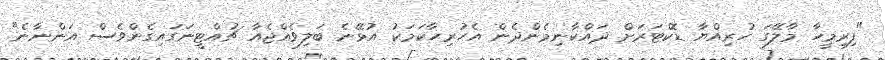
"ފިރިމީހާ މާލޭގަ ހުރިއްޔާ ޑޮކްޓަރަށް ދައްކާނިމެންދެން އެހުރިހާކަމަކު އުޅޭނެ ބަލިވެއްޖެއާ ޗުއްޓީނަގައިގެންވެސް އަންނާނެ"